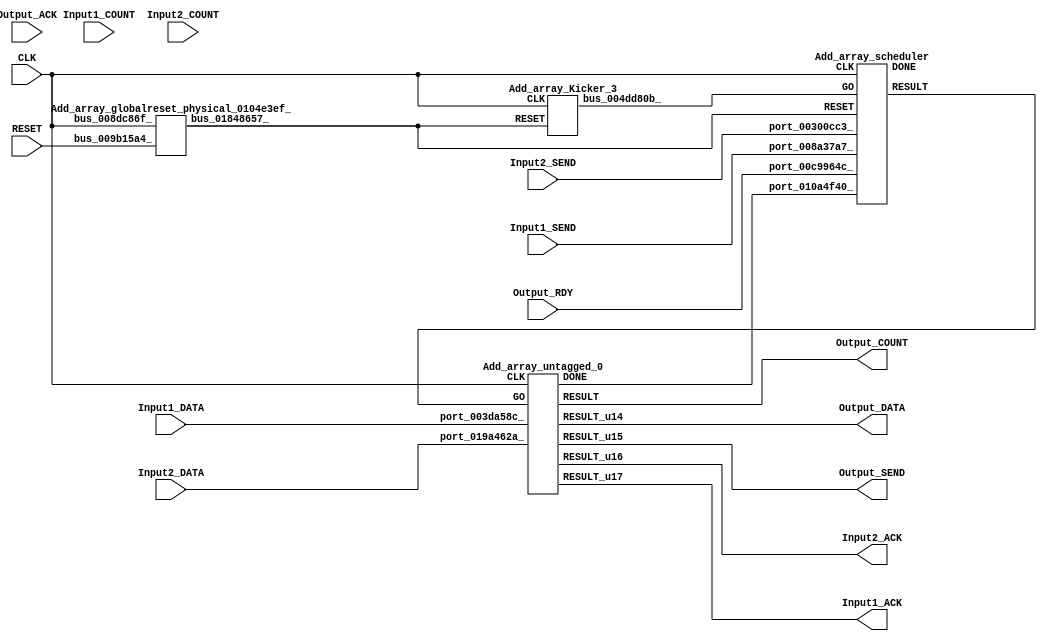
// __  ___ __ ___  _ __   ___  ___ 
// \ \/ / '__/ _ \| '_ \ / _ \/ __|
//  >  <| | | (_) | | | | (_) \__ \
// /_/\_\_|  \___/|_| |_|\___/|___/
// 
// Xronos synthesizer version
// Run date: Sat 31 Oct 2015 11:10:49 +0000
// 

module Add_array(CLK, Output_ACK, Output_SEND, Input1_DATA, Input1_COUNT, Output_COUNT, Output_DATA, RESET, Input1_SEND, Input2_SEND, Input2_ACK, Input2_COUNT, Output_RDY, Input2_DATA, Input1_ACK);
input		CLK;
wire		untagged_0_go;
input		Output_ACK;
output		Output_SEND;
input	[7:0]	Input1_DATA;
input	[15:0]	Input1_COUNT;
output	[15:0]	Output_COUNT;
output	[7:0]	Output_DATA;
input		RESET;
input		Input1_SEND;
input		Input2_SEND;
output		Input2_ACK;
input	[15:0]	Input2_COUNT;
input		Output_RDY;
input	[7:0]	Input2_DATA;
wire		untagged_0_done;
output		Input1_ACK;
wire		Add_array_scheduler_instance_DONE;
wire		scheduler;
wire		bus_01848657_;
wire	[15:0]	untagged_0;
wire		Add_array_untagged_0_instance_DONE;
wire	[7:0]	untagged_0_u0;
wire		untagged_0_u3;
wire		untagged_0_u1;
wire		untagged_0_u2;
wire		bus_0101a1a5_;
wire		bus_004dd80b_;
assign untagged_0_go=scheduler;
assign Output_SEND=untagged_0_u1;
assign Output_COUNT=untagged_0;
assign Output_DATA=untagged_0_u0;
assign Input2_ACK=untagged_0_u2;
assign untagged_0_done=bus_0101a1a5_;
assign Input1_ACK=untagged_0_u3;
Add_array_scheduler Add_array_scheduler_instance(.CLK(CLK), .RESET(bus_01848657_), 
  .GO(bus_004dd80b_), .port_008a37a7_(Input1_SEND), .port_00300cc3_(Input2_SEND), 
  .port_00c9964c_(Output_RDY), .port_010a4f40_(untagged_0_done), .RESULT(scheduler), 
  .DONE(Add_array_scheduler_instance_DONE));
Add_array_globalreset_physical_0104e3ef_ Add_array_globalreset_physical_0104e3ef__1(.bus_008dc86f_(CLK), 
  .bus_009b15a4_(RESET), .bus_01848657_(bus_01848657_));
Add_array_untagged_0 Add_array_untagged_0_instance(.CLK(CLK), .GO(untagged_0_go), 
  .port_003da58c_(Input1_DATA), .port_019a462a_(Input2_DATA), .RESULT(untagged_0), 
  .RESULT_u14(untagged_0_u0), .RESULT_u15(untagged_0_u1), .RESULT_u16(untagged_0_u2), 
  .RESULT_u17(untagged_0_u3), .DONE(Add_array_untagged_0_instance_DONE));
assign bus_0101a1a5_=Add_array_untagged_0_instance_DONE&{1{Add_array_untagged_0_instance_DONE}};
Add_array_Kicker_3 Add_array_Kicker_3_1(.CLK(CLK), .RESET(bus_01848657_), .bus_004dd80b_(bus_004dd80b_));
endmodule



module Add_array_scheduler(CLK, RESET, GO, port_008a37a7_, port_00300cc3_, port_00c9964c_, port_010a4f40_, RESULT, DONE);
input		CLK;
input		RESET;
input		GO;
input		port_008a37a7_;
input		port_00300cc3_;
input		port_00c9964c_;
input		port_010a4f40_;
output		RESULT;
output		DONE;
wire		and_u21_u0;
wire		and_u22_u0;
wire		and_u23_u0;
wire		and_u24_u0;
wire		not_u5_u0;
wire		and_u25_u0;
wire		not_u6_u0;
wire		and_u26_u0;
wire		simplePinWrite;
wire		and_u27_u0;
wire		and_u28_u0;
wire		or_u3_u0;
reg		loopControl_u1=1'h0;
assign and_u21_u0=or_u3_u0&or_u3_u0;
assign and_u22_u0=port_008a37a7_&port_00300cc3_;
assign and_u23_u0=and_u21_u0&not_u5_u0;
assign and_u24_u0=and_u21_u0&and_u22_u0;
assign not_u5_u0=~and_u22_u0;
assign and_u25_u0=and_u28_u0&port_00c9964c_;
assign not_u6_u0=~port_00c9964c_;
assign and_u26_u0=and_u28_u0&not_u6_u0;
assign simplePinWrite=and_u27_u0&{1{and_u27_u0}};
assign and_u27_u0=and_u25_u0&and_u28_u0;
assign and_u28_u0=and_u24_u0&and_u21_u0;
assign or_u3_u0=loopControl_u1|GO;
always @(posedge CLK or posedge RESET)
begin
if (RESET)
loopControl_u1<=1'h0;
else loopControl_u1<=and_u21_u0;
end
assign RESULT=simplePinWrite;
assign DONE=1'h0;
endmodule



module Add_array_globalreset_physical_0104e3ef_(bus_008dc86f_, bus_009b15a4_, bus_01848657_);
input		bus_008dc86f_;
input		bus_009b15a4_;
output		bus_01848657_;
wire		and_01222105_u0;
reg		final_u3=1'h1;
wire		not_01f33acc_u0;
reg		cross_u3=1'h0;
wire		or_01a9f388_u0;
reg		glitch_u3=1'h0;
reg		sample_u3=1'h0;
assign and_01222105_u0=cross_u3&glitch_u3;
always @(posedge bus_008dc86f_)
begin
final_u3<=not_01f33acc_u0;
end
assign not_01f33acc_u0=~and_01222105_u0;
assign bus_01848657_=or_01a9f388_u0;
always @(posedge bus_008dc86f_)
begin
cross_u3<=sample_u3;
end
assign or_01a9f388_u0=bus_009b15a4_|final_u3;
always @(posedge bus_008dc86f_)
begin
glitch_u3<=cross_u3;
end
always @(posedge bus_008dc86f_)
begin
sample_u3<=1'h1;
end
endmodule



module Add_array_untagged_0(CLK, GO, port_003da58c_, port_019a462a_, RESULT, RESULT_u14, RESULT_u15, RESULT_u16, RESULT_u17, DONE);
input		CLK;
input		GO;
input	[7:0]	port_003da58c_;
input	[7:0]	port_019a462a_;
output	[15:0]	RESULT;
output	[7:0]	RESULT_u14;
output		RESULT_u15;
output		RESULT_u16;
output		RESULT_u17;
output		DONE;
wire		simplePinWrite;
wire		simplePinWrite_u4;
wire	[7:0]	add;
wire	[7:0]	simplePinWrite_u5;
wire		simplePinWrite_u6;
wire	[15:0]	simplePinWrite_u7;
assign simplePinWrite=GO&{1{GO}};
assign simplePinWrite_u4=GO&{1{GO}};
assign add=port_003da58c_+port_019a462a_;
assign simplePinWrite_u5=add;
assign simplePinWrite_u6=GO&{1{GO}};
assign simplePinWrite_u7=16'h1&{16{1'h1}};
assign RESULT=simplePinWrite_u7;
assign RESULT_u14=simplePinWrite_u5;
assign RESULT_u15=simplePinWrite_u6;
assign RESULT_u16=simplePinWrite_u4;
assign RESULT_u17=simplePinWrite;
assign DONE=GO;
endmodule



module Add_array_Kicker_3(CLK, RESET, bus_004dd80b_);
input		CLK;
input		RESET;
output		bus_004dd80b_;
wire		bus_01fa4d51_;
wire		bus_00c9a349_;
reg		kicker_res=1'h0;
wire		bus_010ed29d_;
reg		kicker_1=1'h0;
wire		bus_011d14bd_;
reg		kicker_2=1'h0;
assign bus_01fa4d51_=bus_011d14bd_&kicker_1;
assign bus_00c9a349_=~kicker_2;
always @(posedge CLK)
begin
kicker_res<=bus_010ed29d_;
end
assign bus_010ed29d_=kicker_1&bus_011d14bd_&bus_00c9a349_;
assign bus_004dd80b_=kicker_res;
always @(posedge CLK)
begin
kicker_1<=bus_011d14bd_;
end
assign bus_011d14bd_=~RESET;
always @(posedge CLK)
begin
kicker_2<=bus_01fa4d51_;
end
endmodule